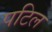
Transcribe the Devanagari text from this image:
पटिल